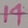
Text: 14